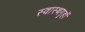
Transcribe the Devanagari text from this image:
स्वास्थगृहों